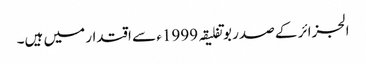
الجزائر کے صدر بوتفلیقہ 1999ء سے اقتدار میں ہیں۔